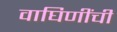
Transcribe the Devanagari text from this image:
वाघिणींची